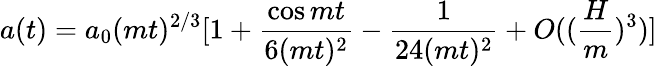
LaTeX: a(t)=a_{0}(mt)^{2/3}[1+\frac{\cos{mt}}{6(mt)^{2}}-\frac{1}{24(mt)^{2}}+O((\frac{H}{m})^{3})]